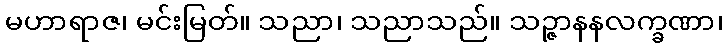
မဟာရာဇ၊ မင်းမြတ်။ သညာ၊ သညာသည်။ သဉ္ဇာနနလက္ခဏာ၊